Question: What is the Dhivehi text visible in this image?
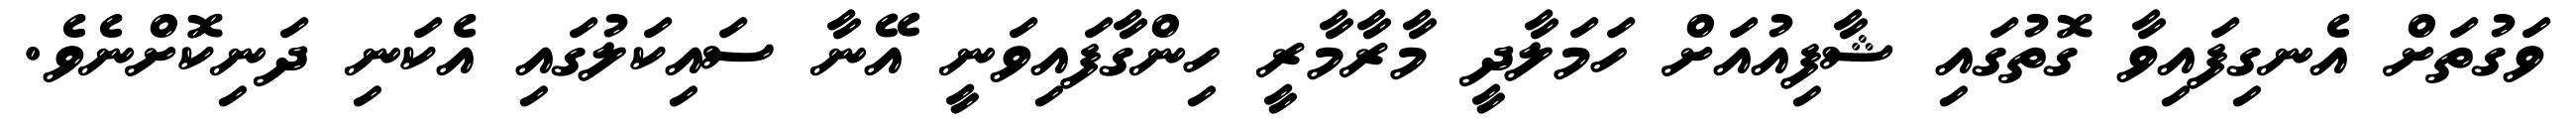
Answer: ވަގުތަށް އެނގިފައިވާ ގޮތުގައި ޝާފިއުއަށް ހަމަލާދީ މާރާމާރީ ހިންގާފައިވަނީ އޭނާ ސައިކަލުގައި އެކަނި ދަނިކޮށްނެވެ.